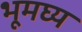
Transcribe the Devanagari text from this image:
भूमघ्य